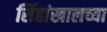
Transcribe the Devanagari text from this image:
सिंहांखालच्या